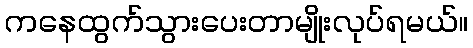
ကနေထွက်သွားပေးတာမျိုးလုပ်ရမယ်။